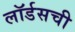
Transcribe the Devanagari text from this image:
लॉर्डसची